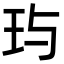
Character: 玙